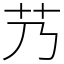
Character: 艿